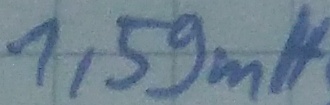
Text: 1,59mH